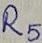
Text: R5